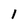
Character: 1